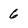
Character: 6